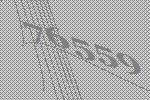
76559